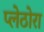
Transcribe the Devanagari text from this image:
प्लेठोरा